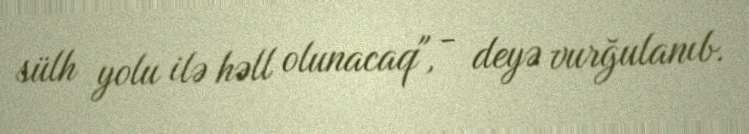
sülh yolu ilə həll olunacaq", - deyə vurğulanıb.